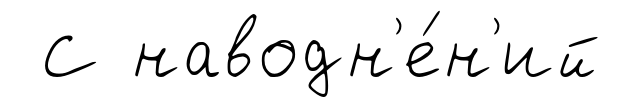
С наводн'е́н'ий